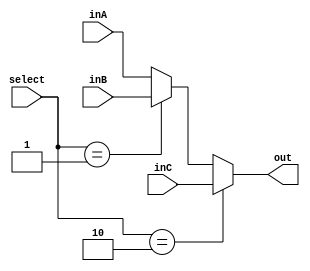
`timescale 1ns / 1ps
//////////////////////////////////////////////////////////////////////////////////
// Company: 
// Engineer: 
// 
// Design Name: 
// Module Name: Mux32Bit3To1
// Project Name: 
// Target Devices: 
// Tool Versions: 
// Description: 
// 
// Dependencies: 
// 
// Revision:
// Revision 0.01 - File Created
// Additional Comments:
// 
//////////////////////////////////////////////////////////////////////////////////


module Mux32Bit3To1(inA, inB, inC, select, out);
    input [31:0] inA;
    input [31:0] inB;
    input [31:0] inC;
    input [1:0] select;
    output reg [31:0] out;
    
    always @(select, inA, inB, inC) begin
            if (select == 'b10 ) begin
                out <= inC;
            end 
            else if (select == 'b01) begin
                out <= inB;
            end
            else begin
                out <= inA;
            end
        end
    
endmodule